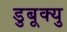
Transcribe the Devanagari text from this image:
डुबूक्यु